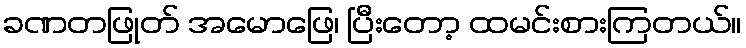
ခဏတဖြုတ် အမောဖြေ၊ ပြီးတော့ ထမင်းစားကြတယ်။